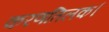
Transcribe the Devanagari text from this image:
करणतिलक।